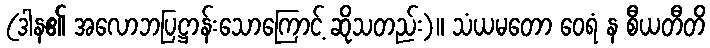
(ဒါန၏ အလောဘပြဋ္ဌာန်းသောကြောင့် ဆိုသတည်း)။ သံယမတော ဝေရံ န စီယတီတိ